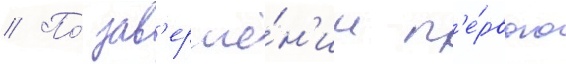
// По́ зав'ерше́н'ии п'е́рвого